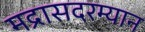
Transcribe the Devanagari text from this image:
मद्रासदरम्यान